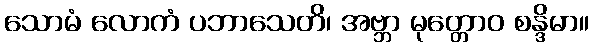
သောမံ လောကံ ပဘာသေတိ၊ အဗ္ဘာ မုတ္တောဝ စန္ဒိမာ။